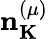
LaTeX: {\mathbf n}_{\mathbf K}^{(\mu)}